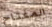
المفتاح